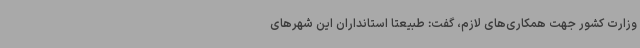
وزارت کشور جهت همکاری‌های لازم، گفت: طبیعتا استانداران این شهرهای